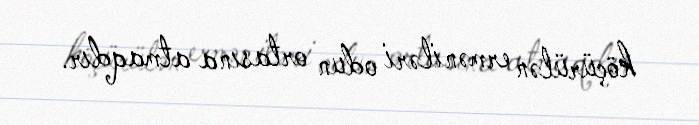
köçürülən erməniləri odun ortasına atmaqdır.